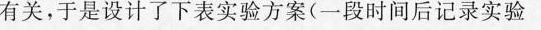
有关，于是设计了下表实验方案(一段时间后记录实验